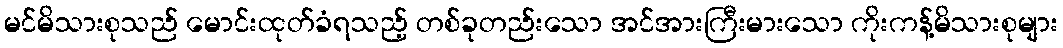
မင်မိသားစုသည် မောင်းထုတ်ခံရသည့် တစ်ခုတည်းသော အင်အားကြီးမားသော ကိုးကန့်မိသားစုများ